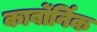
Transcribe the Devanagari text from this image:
कार्बोर्निक